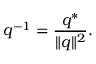
q ^ { - 1 } = { \frac { q ^ { * } } { \lVert q \rVert ^ { 2 } } } .